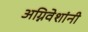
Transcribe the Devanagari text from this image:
अग्निवेशांनी